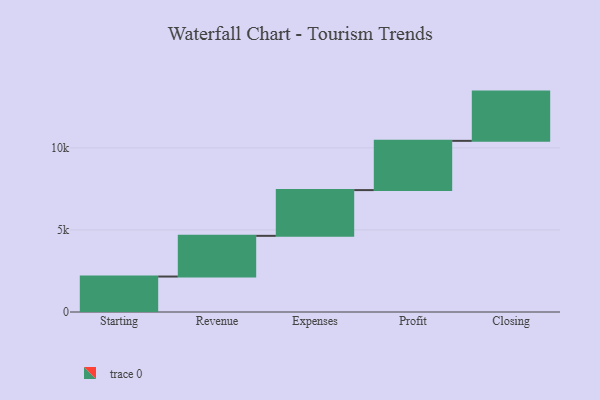
{"axis": {"x": "Step", "y": "Value"}, "legend": [""], "data": [{"x": "Starting", "y": 2160.0, "type": ""}, {"x": "Revenue", "y": 2479.0, "type": ""}, {"x": "Expenses", "y": 2786.0, "type": ""}, {"x": "Profit", "y": 3000, "type": ""}, {"x": "Closing", "y": 3000, "type": ""}]}